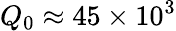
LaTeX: Q_{0}\approx 45\times 10^{3}